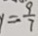
y = - \frac { 9 } { 7 }